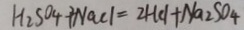
H _ { 2 } S O _ { 4 } + N a C l = 2 H C l + N a _ { 2 } S O _ { 4 }